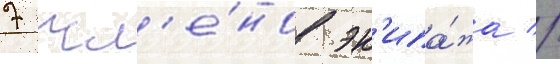
7 чл'е́нов эк'ипа́жа //